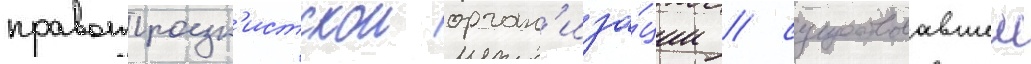
правотроцк'истскои орган'иза́ции / существовавшеи